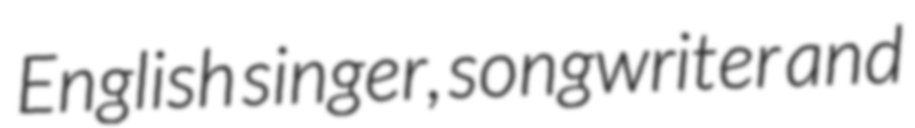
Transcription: English singer, songwriter and